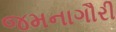
જમનાગૌરી